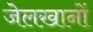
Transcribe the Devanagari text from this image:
जेलखानों